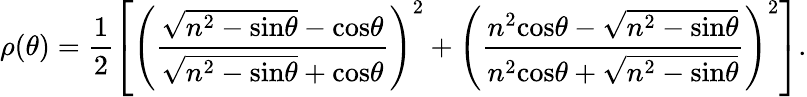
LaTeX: \rho(\theta)=\frac{1}{2}\left[\left(\frac{\sqrt{n^{2}-\mathrm{sin}\theta}-\mathrm{cos}\theta}{\sqrt{n^{2}-\mathrm{sin}\theta}+\mathrm{cos}\theta}\right)^{2}+\left(\frac{n^{2}\mathrm{cos}\theta-\sqrt{n^{2}-\mathrm{sin}\theta}}{n^{2}\mathrm{cos}\theta+\sqrt{n^{2}-\mathrm{sin}\theta}}\right)^{2}\right].